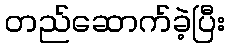
တည်ဆောက်ခဲ့ပြီး